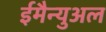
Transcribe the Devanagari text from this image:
ईमैन्युअल